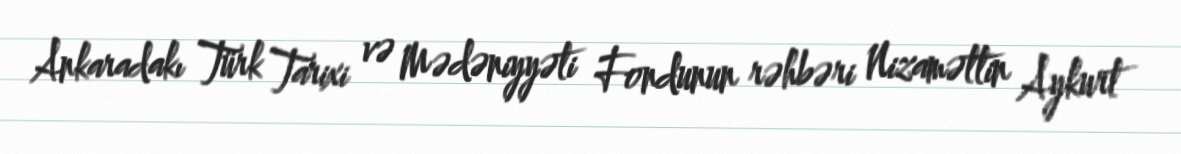
Ankaradakı Türk Tarixi və Mədəniyyəti Fondunun rəhbəri Nizaməttin Aykurt